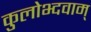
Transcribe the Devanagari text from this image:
कुलोभ्दवाम्